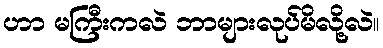
ဟာ မကြီးကလဲ ဘာများလုပ်မိလို့လဲ။